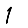
Digit: 1